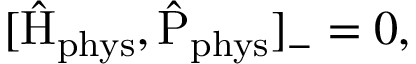
[ \hat { \mathrm { H } } _ { \mathrm { p h y s } } , \hat { \mathrm { P } } _ { \mathrm { p h y s } } ] _ { - } = 0 , \,